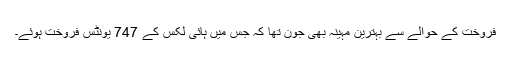
فروخت کے حوالے سے بہترین مہینہ بھی جون تھا کہ جس میں ہائی لکس کے 747 یونٹس فروخت ہوئے۔